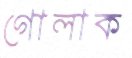
গোলাক